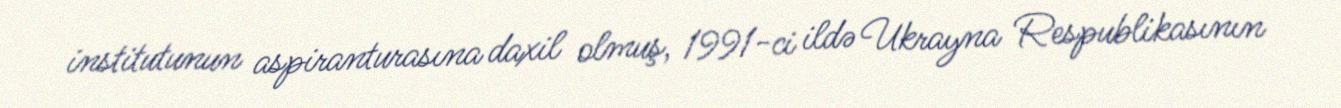
institutunun aspiranturasına daxil olmuş, 1991-ci ildə Ukrayna Respublikasının